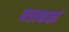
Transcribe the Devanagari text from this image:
बलकर्ता